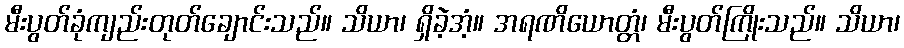
မီးပွတ်ခုံကျည်းတုတ်ချောင်းသည်။ သိယာ၊ ရှိခဲ့အံ့။ အရဏိယောတ္တံ၊ မီးပွတ်ကြိုးသည်။ သိယာ၊